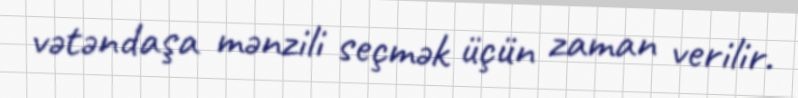
vətəndaşa mənzili seçmək üçün zaman verilir.